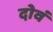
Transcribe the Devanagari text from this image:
दोवं